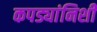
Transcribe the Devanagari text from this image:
कपड्यांनिशी